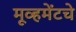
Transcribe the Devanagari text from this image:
मूव्हमेंटचे